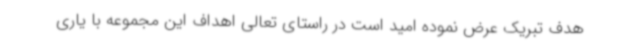
هدف تبریک عرض نموده امید است در راستای تعالی اهداف این مجموعه با یاری